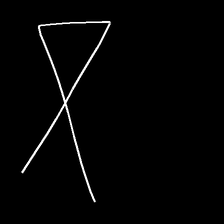
Glyph: collection